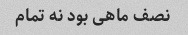
نصف ماهی بود نه تمام